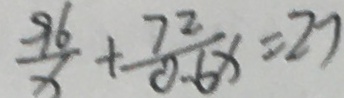
\frac { 9 6 } { x } + \frac { 7 2 } { 0 . 6 x } = 2 7